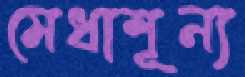
মেধাশূন্য